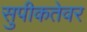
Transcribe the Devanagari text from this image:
सुपीकतेवर